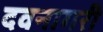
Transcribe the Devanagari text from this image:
दवनागरी